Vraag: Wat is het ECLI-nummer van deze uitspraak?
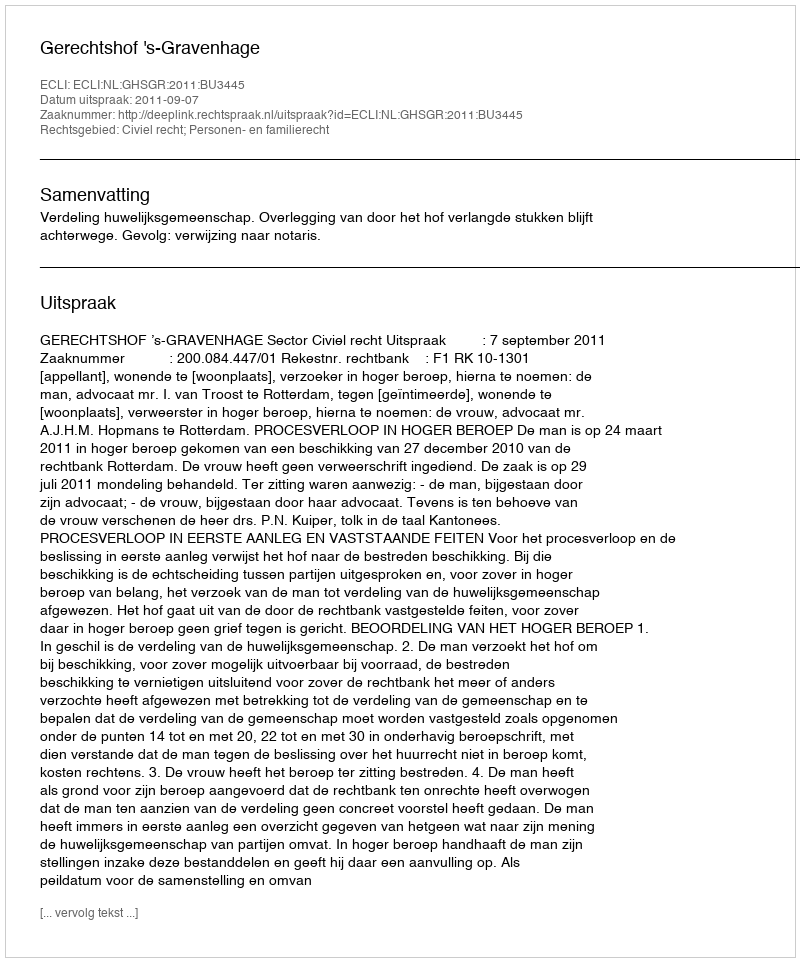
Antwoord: ECLI:NL:GHSGR:2011:BU3445